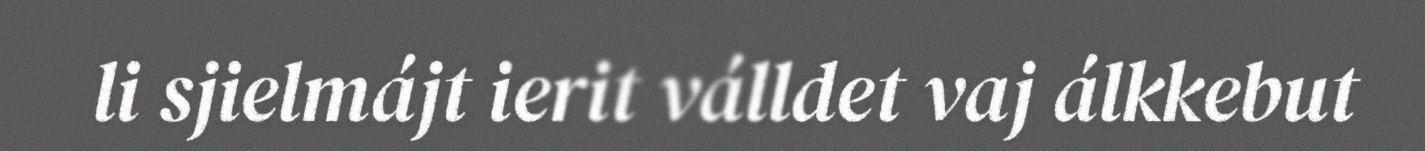
li sjielmájt ierit válldet vaj álkkebut